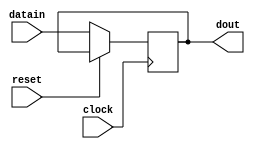
//parallelin and parallelout register

module parallelin_parallelout ( dout,datain,clock,reset	);

output [2:0]dout;
input [2:0]datain;
input clock, reset;

reg [2:0]int_reg;
reg [2:0]dout;

always @ (posedge clock)
begin
	if (reset)
	begin
		int_reg <= 3'b000;
		int_reg <= datain;
	end
	
	else
	begin
		dout <= datain;
	end
end

endmodule 

module PIPO ();

wire [2:0]dout;
reg [2:0]datain;
reg clock, reset;

parallelin_parallelout PIPO( dout,datain,clock,reset	);

initial
begin
	clock = 0;
	reset = 0;
	#5 reset = 1; datain = 3'b010;
	#3 reset = 0;

end

always
	#5 clock = ~clock;
initial
	$monitor($time, " : clock--%b,datain--%b----->dataout--%b",clock,datain,dout);
endmodule